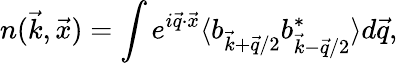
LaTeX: n(\vec{k},\vec{x})=\int e^{i\vec{q}\cdot\vec{x}}\langle b_{\vec{k}+\vec{q}/2}b_{\vec{k}-\vec{q}/2}^{*}\rangle d\vec{q},